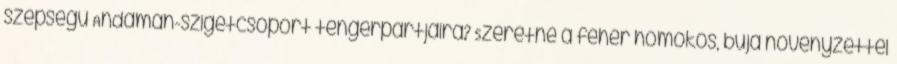
szépségű Andamán-szigetcsoport tengerpartjaira? Szeretne a fehér homokos, buja növényzettel